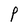
Character: P